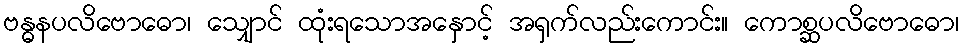
ဗန္ဓနပလိဗောဓော၊ သျှောင် ထုံးရသောအနှောင့် အရှက်လည်းကောင်း။ ကောစ္ဆပလိဗောဓော၊